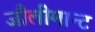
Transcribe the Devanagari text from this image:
जौलीमान्‍ट